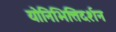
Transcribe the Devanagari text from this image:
योनिभित्तिदर्शन